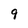
Character: 9